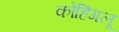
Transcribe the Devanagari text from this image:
कोहिंगलू